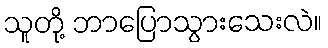
သူတို့ ဘာပြောသွားသေးလဲ။